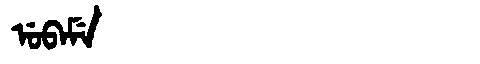
Manchu: ᡠᠪᠠᠮᡝ
Romanization: UBAME